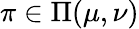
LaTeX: \pi\in\Pi(\mu,\nu)